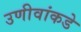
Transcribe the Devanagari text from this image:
उणीवांकडे